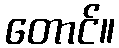
တောင်။